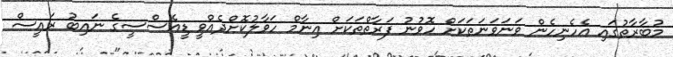
މުބާރާތުގައި އެހެނިހެން ވަނަވަނަތަކަށް ހޮވުނު ފަރާތްތަކަށް އިނާމް ހަވާލުކޮށްދެއްވީ ޑީއެސްސީގެ ނައިބު ރައީސް